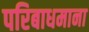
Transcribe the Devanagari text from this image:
परिबाधमाना